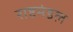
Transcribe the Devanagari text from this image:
राष्टमंडल